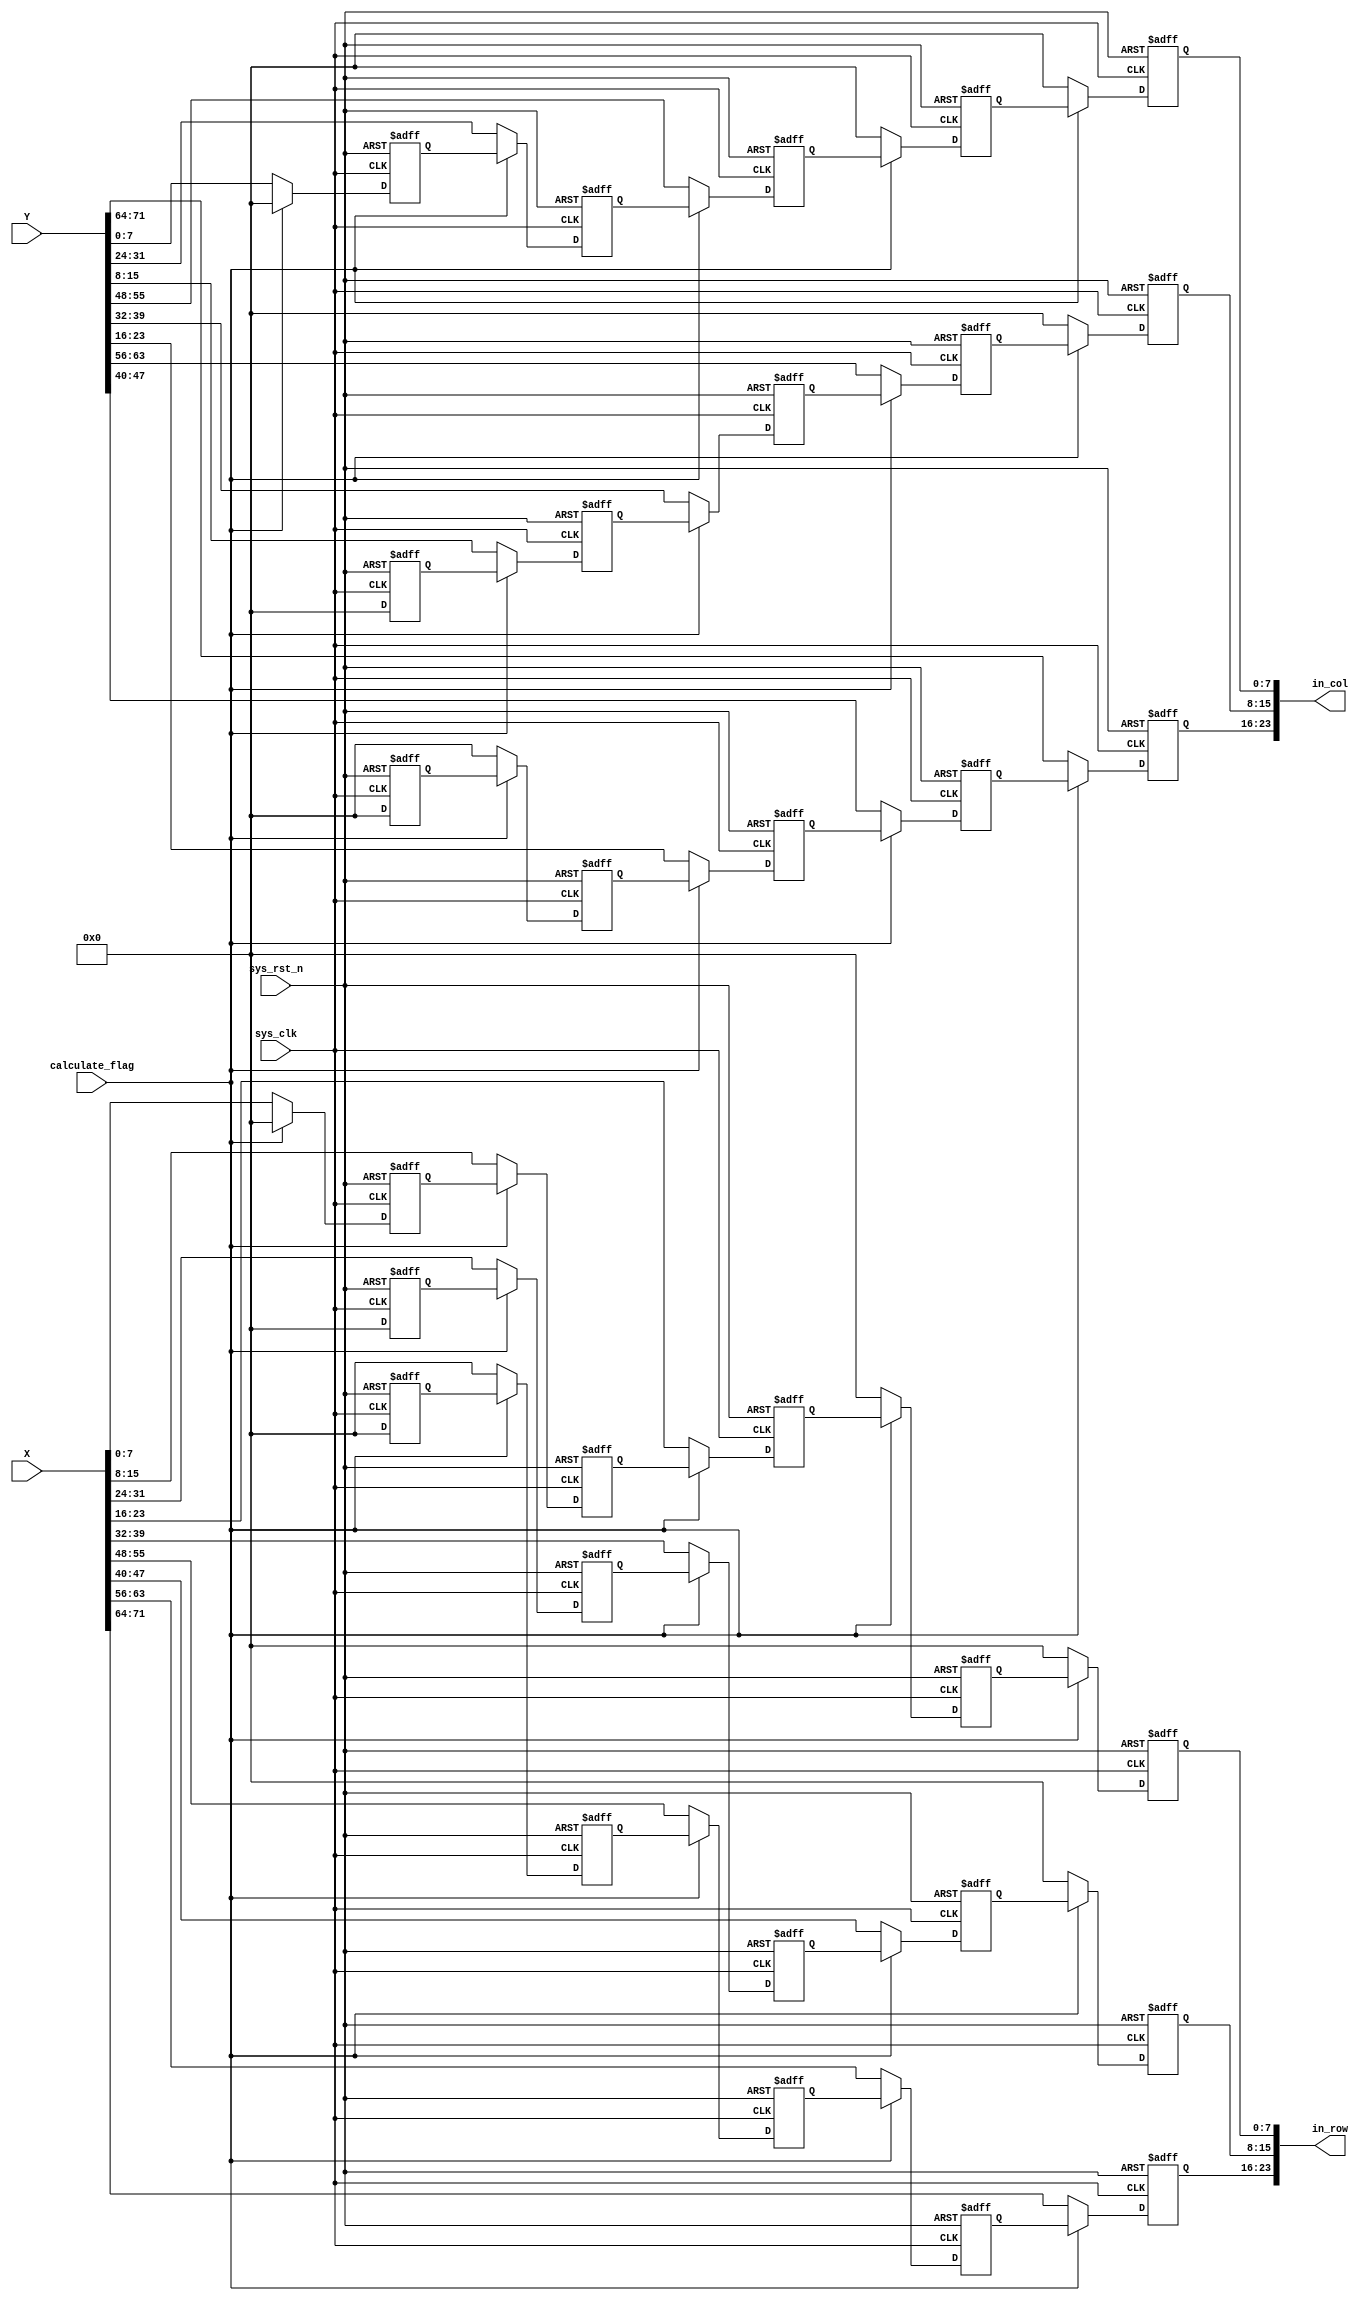
`timescale 1ns / 1ps

module array_regenerate#(
           parameter BITWIDTH = 8,
           parameter X_ROW = 3,
           parameter XCOL_YROW = 3,
           parameter Y_COL = 3
       )(
           input wire sys_clk,
           input wire sys_rst_n,
           input wire calculate_flag,

           input wire signed [BITWIDTH * X_ROW * XCOL_YROW - 1: 0] X, //X: X_ROW*X_COL matrix
           input wire signed [BITWIDTH * XCOL_YROW * Y_COL - 1: 0] Y, //Y: Y_ROW*Y_COL matrix

           output wire signed [Y_COL * BITWIDTH - 1: 0] in_col,
           output wire signed [X_ROW * BITWIDTH - 1: 0] in_row
       );

reg signed [BITWIDTH - 1: 0] data_buffer_row [0: XCOL_YROW + X_ROW - 2][0: X_ROW - 1]; //matrix X regenerate as row buffer
reg signed [BITWIDTH - 1: 0] data_buffer_col [0: XCOL_YROW + Y_COL - 2][0: Y_COL - 1]; //matrix Y regenerate as col buffer

//trans array into matrix 
//regenerate as 2-dimension array
//wait for sending to SA
genvar r, s;
generate
    for (s = 0;s < X_ROW;s = s + 1) begin
        assign in_row[(X_ROW * BITWIDTH - 1) - (s * BITWIDTH) -: BITWIDTH] = data_buffer_row[0][s];
    end

    for (r = 0;r < XCOL_YROW + X_ROW - 1;r = r + 1) begin
        for (s = 0;s < X_ROW;s = s + 1) begin
            always @(posedge sys_clk or negedge sys_rst_n) begin
                if (!sys_rst_n) begin
                    data_buffer_row[r][s] <= {BITWIDTH{1'b0}};
                end
                else if (calculate_flag) begin
                    if (r < XCOL_YROW + X_ROW - 2) begin
                        data_buffer_row[r][s] <= data_buffer_row[r + 1][s];
                    end
                    else begin
                        data_buffer_row[r][s] <= {BITWIDTH{1'b0}};
                    end
                end
                else begin
                    if ((s <= r) && (s >= r - (XCOL_YROW - 1))) begin
                        data_buffer_row[r][s] <= X[((BITWIDTH * XCOL_YROW * X_ROW - 1) - ((s * BITWIDTH * XCOL_YROW) + ((r - s) * BITWIDTH))) -: BITWIDTH];
                    end
                    else begin
                        data_buffer_row[r][s] <= {BITWIDTH{1'b0}};
                    end
                end
            end
        end
    end
endgenerate

genvar p, q;
generate
    for (q = 0;q < Y_COL;q = q + 1) begin
        assign in_col[(Y_COL * BITWIDTH - 1) - (q * BITWIDTH) -: BITWIDTH] = data_buffer_col[0][q];
    end

    for (p = 0;p < XCOL_YROW + Y_COL - 1;p = p + 1) begin
        for (q = 0;q < Y_COL;q = q + 1) begin
            always @(posedge sys_clk or negedge sys_rst_n) begin
                if (!sys_rst_n) begin
                    data_buffer_col[p][q] <= {BITWIDTH{1'b0}};
                end
                else if (calculate_flag) begin
                    if (p < XCOL_YROW + Y_COL - 2) begin
                        data_buffer_col[p][q] <= data_buffer_col[p + 1][q];
                    end
                    else begin
                        data_buffer_col[p][q] <= {BITWIDTH{1'b0}};
                    end
                end
                else begin
                    if ((q <= p) && (q >= p - (XCOL_YROW - 1))) begin
                        data_buffer_col[p][q] <= Y[((BITWIDTH * Y_COL * XCOL_YROW - 1) - (((p - q) * BITWIDTH * Y_COL) + (q * BITWIDTH))) -: BITWIDTH];
                    end
                    else begin
                        data_buffer_col[p][q] <= {BITWIDTH{1'b0}};
                    end
                end
            end
        end
    end
endgenerate

endmodule